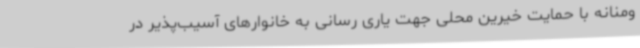
ومنانه با حمایت خیرین محلی جهت یاری رسانی به خانوارهای آسیب‌پذیر در